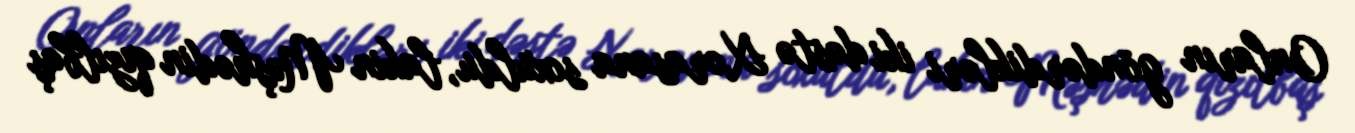
Onların göndərdikləri iki dəstə Xorasana soxuldu, lakin Məşhədin qızılbaş